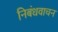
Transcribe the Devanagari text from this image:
निबंधवाचन